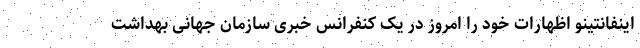
اینفانتینو اظهارات خود را امروز در یک کنفرانس خبری سازمان جهانی بهداشت